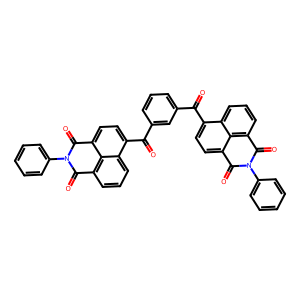
SMILES: O=C(c1cccc(C(=O)c2ccc3c4c(cccc24)C(=O)N(c2ccccc2)C3=O)c1)c1ccc2c3c(cccc13)C(=O)N(c1ccccc1)C2=O
Inhibits HIV replication: No